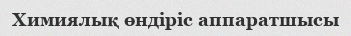
Химиялық өндіріс аппаратшысы